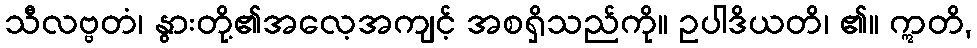
သီလဗ္ဗတံ၊ နွားတို့၏အလေ့အကျင့် အစရှိသည်ကို။ ဥပါဒိယတိ၊ ၏။ ဣတိ,